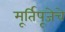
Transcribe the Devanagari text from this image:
मूर्तिपूजेचे